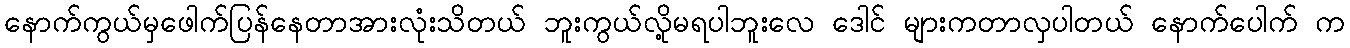
နောက်ကွယ်မှဖေါက်ပြန်နေတာအားလုံးသိတယ် ဘူးကွယ်လို့မရပါဘူးလေ ဒေါင် များကတာလှပါတယ် နောက်ပေါက် က